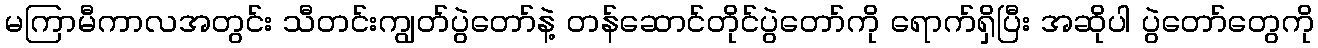
မကြာမီကာလအတွင်း သီတင်းကျွတ်ပွဲတော်နဲ့ တန်ဆောင်တိုင်ပွဲတော်ကို ရောက်ရှိပြီး အဆိုပါ ပွဲတော်တွေကို